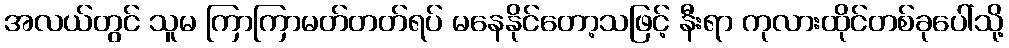
အလယ်တွင် သူမ ကြာကြာမတ်တတ်ရပ် မနေနိုင်တော့သဖြင့် နီးရာ ကုလားထိုင်တစ်ခုပေါ်သို့